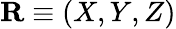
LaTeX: \mathbf{R}\equiv(X,Y,Z)